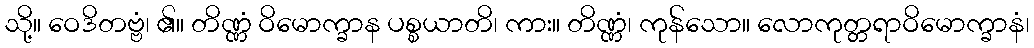
သို့။ ဝေဒိတဗ္ဗံ၊ ၏။ တိဏ္ဏံ ဝိမောက္ခာန ပစ္စယာတိ၊ ကား။ တိဏ္ဏံ၊ ကုန်သော။ လောကုတ္တရာဝိမောက္ခာနံ၊